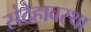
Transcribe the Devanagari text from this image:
संदेहावस्था